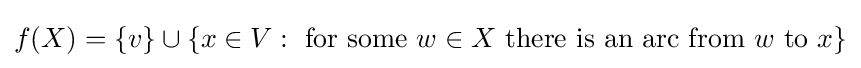
f(X)=\{v\}\cup \{x\in V:{\text{ for some }}w\in X{\text{ there is an arc from }}w{\text{ to }}x\}